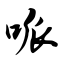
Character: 哌